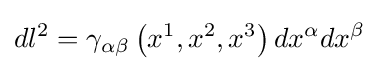
dl^{2}=\gamma _{\alpha \beta }\left(x^{1},x^{2},x^{3}\right)dx^{\alpha }dx^{\beta }